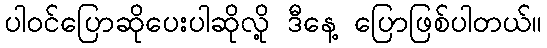
ပါဝင်ပြောဆိုပေးပါဆိုလို့ ဒီနေ့ ပြောဖြစ်ပါတယ်။